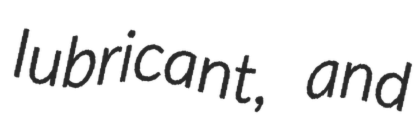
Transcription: lubricant, and